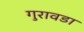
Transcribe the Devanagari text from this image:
गुरावडा